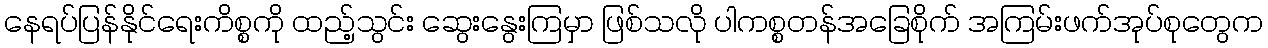
နေရပ်ပြန်နိုင်ရေးကိစ္စကို ထည့်သွင်း ဆွေးနွေးကြမှာ ဖြစ်သလို ပါကစ္စတန်အခြေစိုက် အကြမ်းဖက်အုပ်စုတွေက